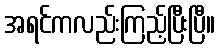
အရင်ကလည်းကြည့်ပြီးပြီ။